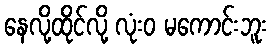
နေလို့ထိုင်လို့ လုံးဝ မကောင်းဘူး